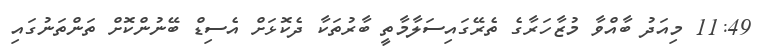
11:49 މިއަދު ބާއްވާ މުޒާހަރާގެ ތެރޭގައިސަލާމާތީ ބާރުތަކާ ދެކޮޅަށް އެސިޑް ބޭނުންކޮށް ތަންތަނުގައި